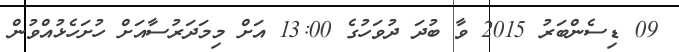
09 ޑިސެންބަރު 2015 ވާ ބުދަ ދުވަހުގެ 13:00 އަށް މިމަދަރުސާއަށް ހުށަހެޅުއްވުން